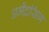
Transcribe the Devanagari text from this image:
धर्मेंद्रसिंग